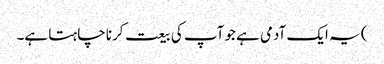
) یہ ایک آدمی ہے جو آپ کی بیعت کرنا چاہتا ہے۔